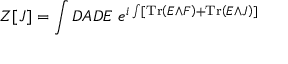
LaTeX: Z [ J ] = \int { \cal D } A { \cal D } E \, \, e ^ { i \int [ \mathrm { T r } \left( E \wedge F \right) + \mathrm { T r } \left( E \wedge J \right) ] }